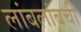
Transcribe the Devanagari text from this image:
लांबलांबची